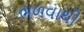
ભળવાથી